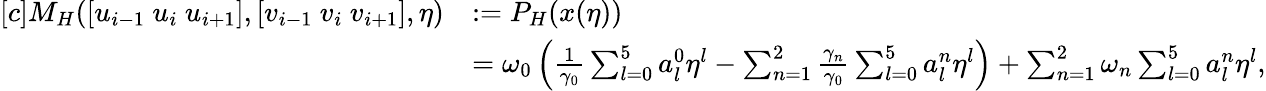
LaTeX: \begin{array}{rl}{[c]M_{H}([u_{i-1}~u_{i}~u_{i+1}],[v_{i-1}~v_{i}~v_{i+1}],\eta)}&{:=P_{H}(x(\eta))}\\ &{=\omega_{0}\left(\frac{1}{\gamma_{0}}\sum_{l=0}^{5}a_{l}^{0}\eta^{l}-\sum_{n=1}^{2}\frac{\gamma_{n}}{\gamma_{0}}\sum_{l=0}^{5}a_{l}^{n}\eta^{l}\right)+\sum_{n=1}^{2}\omega_{n}\sum_{l=0}^{5}a_{l}^{n}\eta^{l},}\end{array}